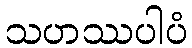
သဟဿပါပံ